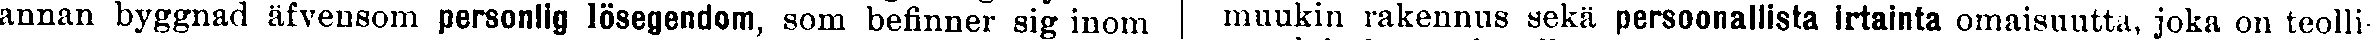
annan byggnad äfvensom personlig lösegendom, som befinner sig inom muukin rakennus sekä persoonallista irtainta omaisuutta, joka on teolli-